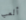
ألعب